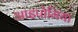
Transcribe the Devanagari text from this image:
आइपोमिया